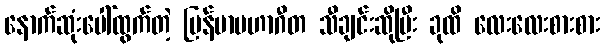
နောက်ဆုံးပေါ်ထွက်တဲ့ မြန်မာမဟာဂီတ သီချင်းဆိုပြီး ခုထိ လေးလေးစားစား